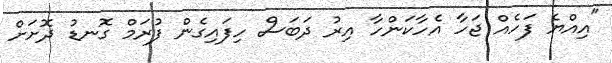
"އިއްޔެ ފަހެއް ޖަހާ އެހާކަންހާ އިރު ދަބަސް ހިފައިގެން ފުރަމް ގޮނޑު ދޮށަށް